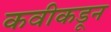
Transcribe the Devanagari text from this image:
कवीकडून